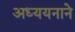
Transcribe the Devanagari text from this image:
अध्ययनाने